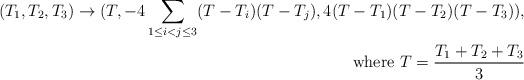
LaTeX: \begin{align*}(T_1,T_2,T_3)\rightarrow(T, -4\sum_{1\leq i< j\leq 3}(T-T_i)(T-T_j),4(T-T_1)(T-T_2)(T-T_3)),\\\textnormal{where }T=\frac{T_1+T_2+T_3}{3} \end{align*}